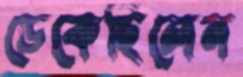
ডেকেছিলেন